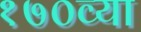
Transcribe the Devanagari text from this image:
१७०व्या